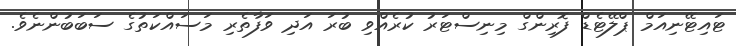
ޓައިޓޭނިއަމް ޕްލޭޓެޑް ފޮރިންގް މިނިސްޓަރު ކުރެއްވި ބުރަ އަދި ވަފާތެރި މަސައްކަތުގެ ސަބަބުންނެވެ.